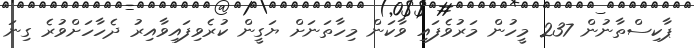
ޕާކިސްތާނުން 237 މީހުން މަރުވެފައި ވާކަން މިހާތަނަށް ޔަގީން ކުރެވިފައިވާއިރު ދެހާހަށްވުރެ ގިނަ